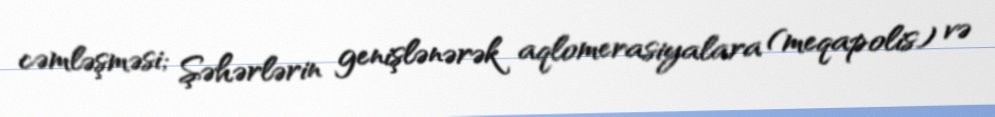
cəmləşməsi; Şəhərlərin genişlənərək aqlomerasiyalara (meqapolis) və